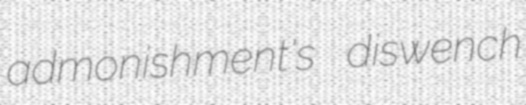
admonishment's diswench